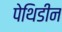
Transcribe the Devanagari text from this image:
पेथिडीन